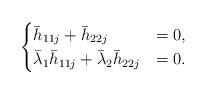
LaTeX: \begin{align*}\begin{cases} \bar h_{11j}+\bar h_{22j}&=0,\\\bar \lambda_1\bar h_{11j}+\bar \lambda_2\bar h_{22j}&=0.\end{cases}\end{align*}